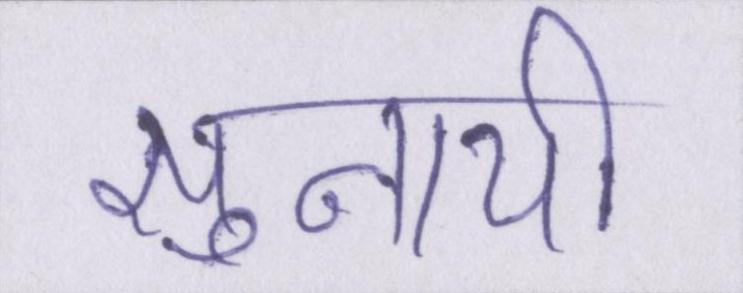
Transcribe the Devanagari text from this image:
सुनायी